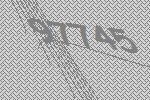
97745